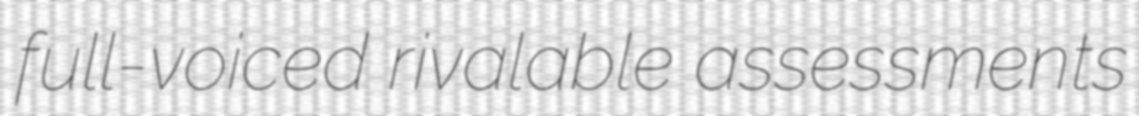
full-voiced rivalable assessments